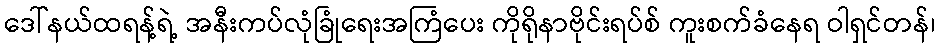
ဒေါ်နယ်ထရန့်ရဲ့ အနီးကပ်လုံခြုံရေးအကြံပေး ကိုရိုနာဗိုင်းရပ်စ် ကူးစက်ခံနေရ ဝါရှင်တန်၊